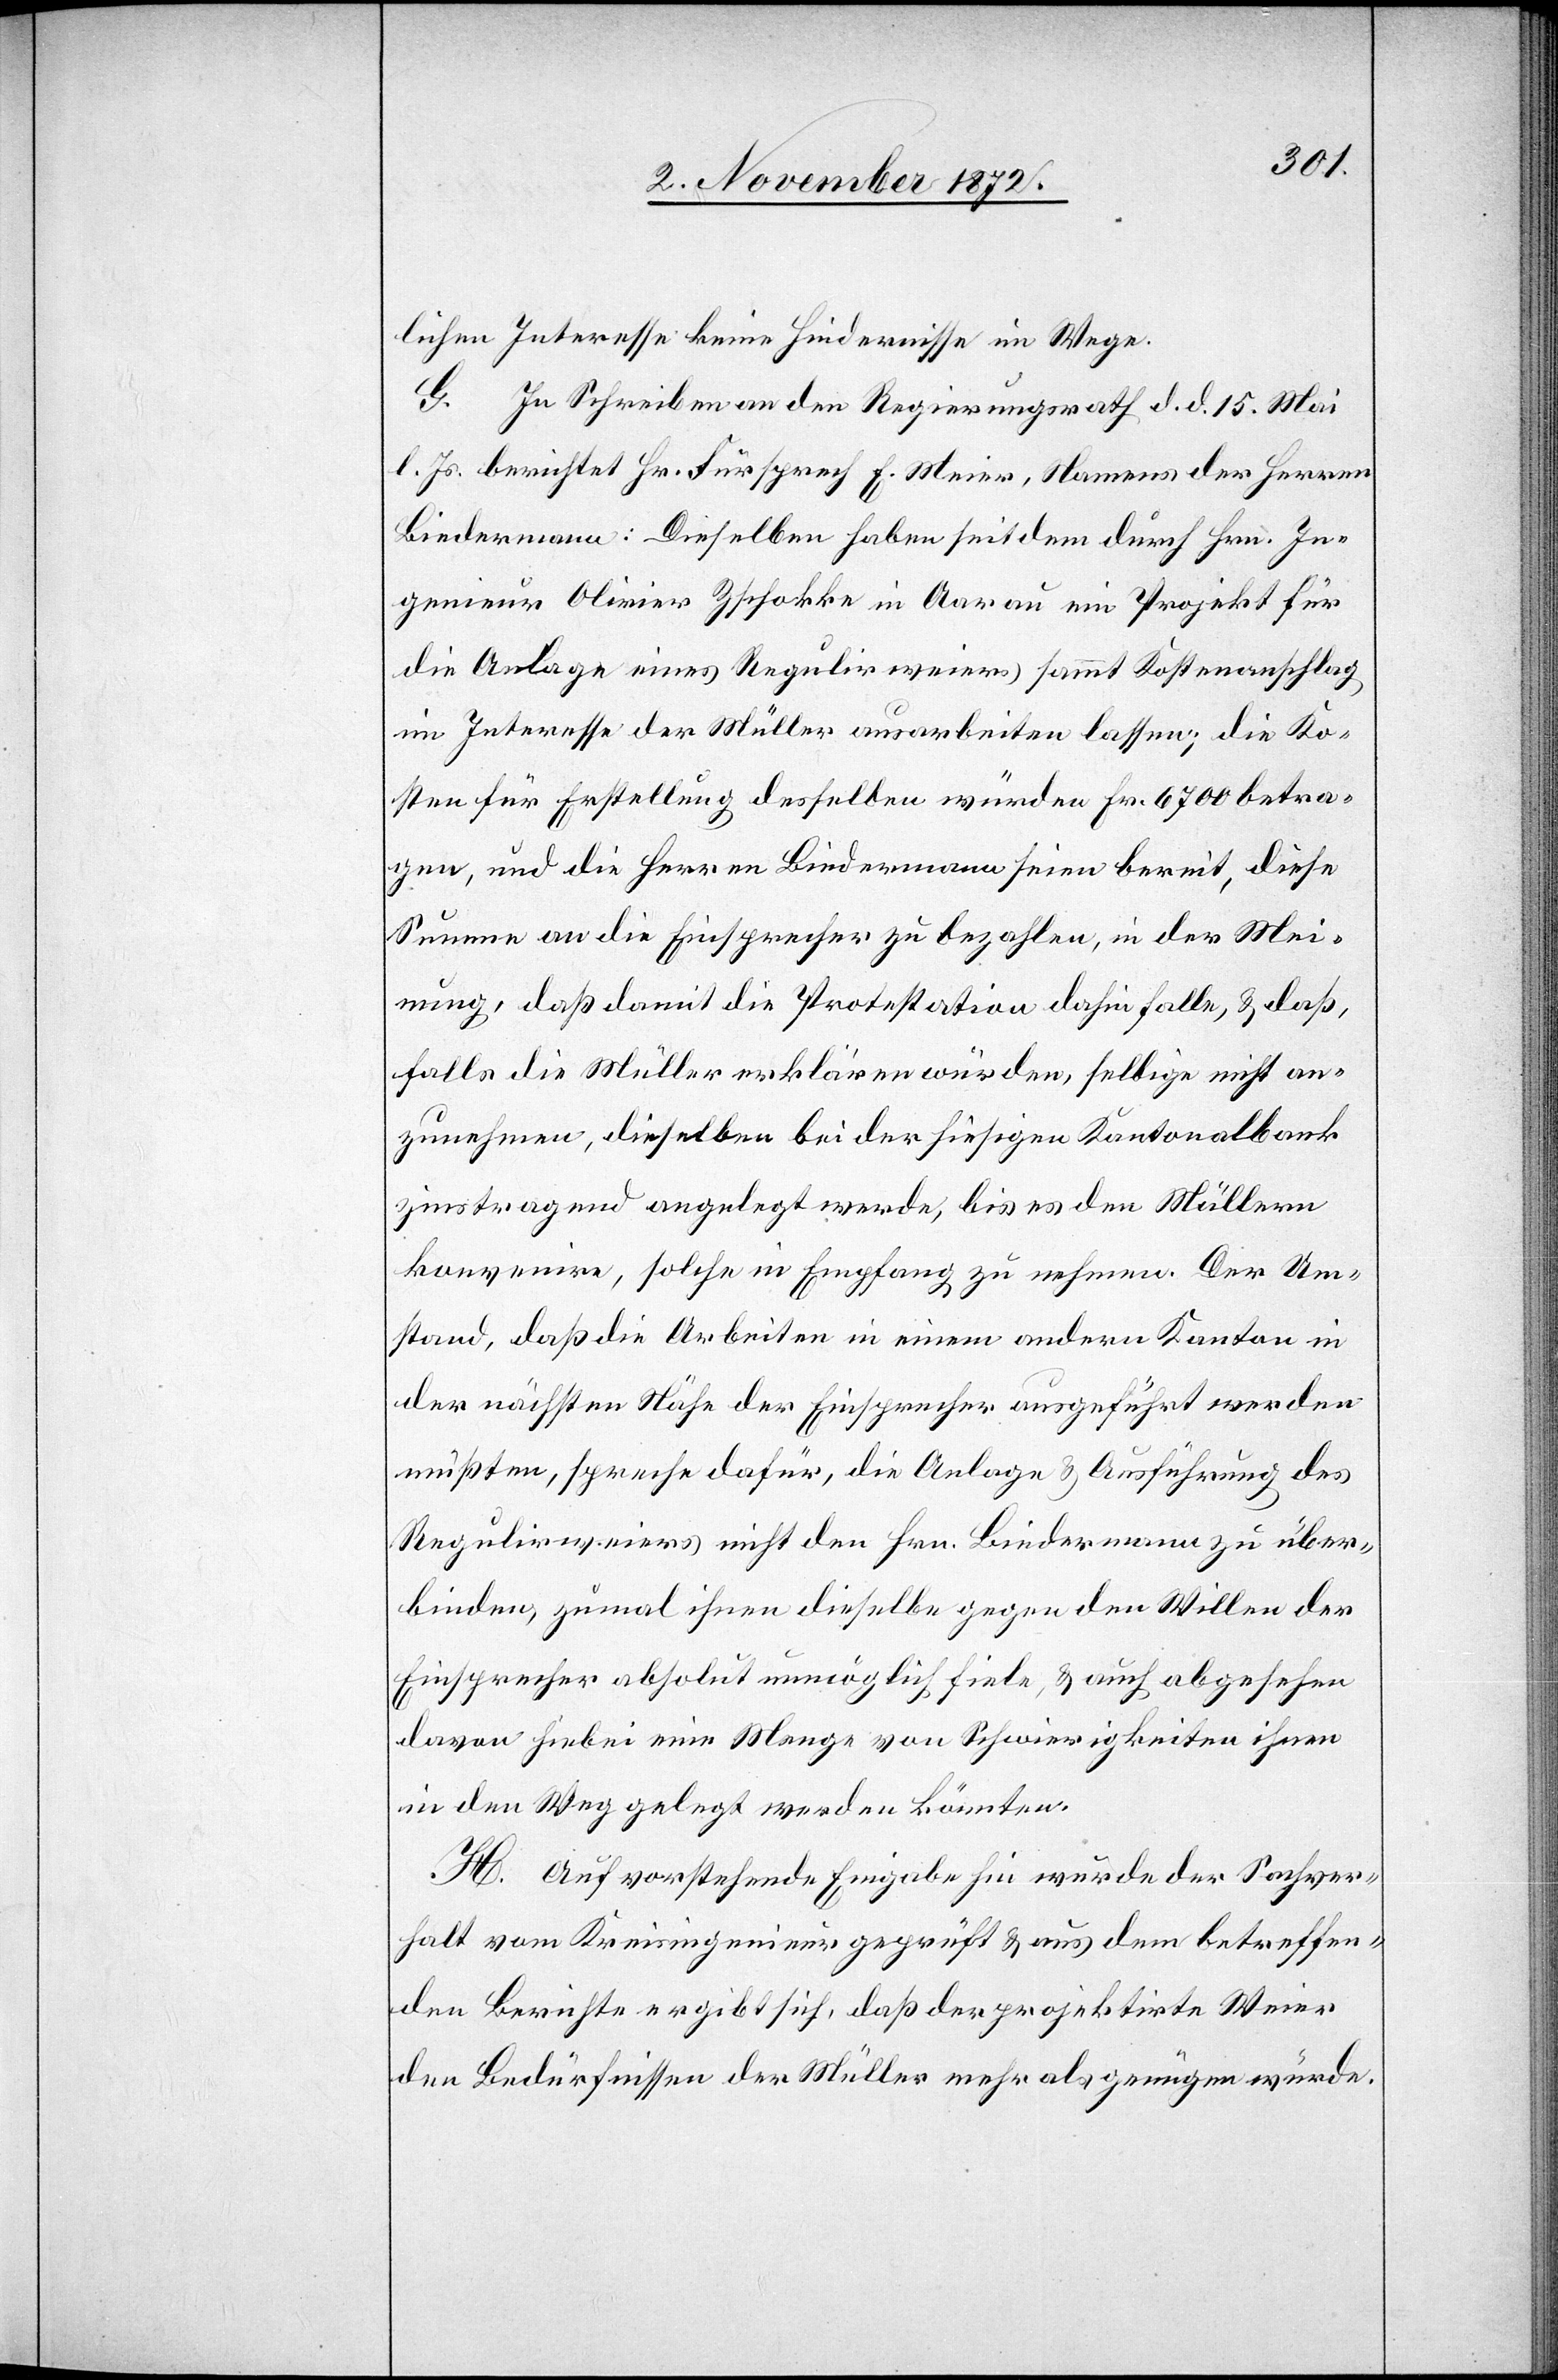
lichen Interesse keine Hindernisse im Wege.
G. In Schreiben an den Regierungsrath d. d. 15. Mai
l. Js. berichtet Hr. Fürsprech E. Meier, Namens der Herren
Biedermann: Dieselben haben seitdem durch Hrn. In¬
genieur Olivier Zschokke in Aarau ein Projekt für
die Anlage eines Regulirweiers sammt Kostenanschlag
im Interesse der Müller ausarbeiten lassen; die Ko¬
sten für Erstellung desselben würden Fr. 6700 betra¬
gen, und die Herren Biedermann seien bereit, diese
Summe an die Einsprecher zu bezahlen, in der Mei¬
nung, daß damit die Protestation dahin falle, & daß,
falls die Müller erklären würden, selbige nicht an¬
zunehmen, dieselben bei der hiesigen Kantonalbank
zinstragend angelegt werden, bis es den Müllern
konvenire, solche in Empfang zu nehmen. Der Um¬
stand, daß die Arbeiten in einem andern Kanton in
der nächsten Nähe der Einsprecher ausgeführt werden
müßten, spreche dafür, die Anlage & Ausführung des
Regulirweiers nicht den Hrn. Biedermann zu über¬
binden, zumal ihnen dieselbe gegen den Willen der
Einsprecher absolut unmöglich fiele, & auch abgesehen
davon hiebei eine Menge von Schwierigkeiten ihnen
in den Weg gelegt werden könnten.
H. Auf vorstehende Eingabe hin wurde der Sachver¬
halt vom Kreisingenieur geprüft & aus dem betreffen¬
den Berichte ergibt sich, daß der projektirte Weier
den Bedürfnissen der Müller mehr als genügen würde.